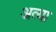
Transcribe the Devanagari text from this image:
अत्या